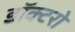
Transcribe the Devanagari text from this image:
डॉक्‍टरो